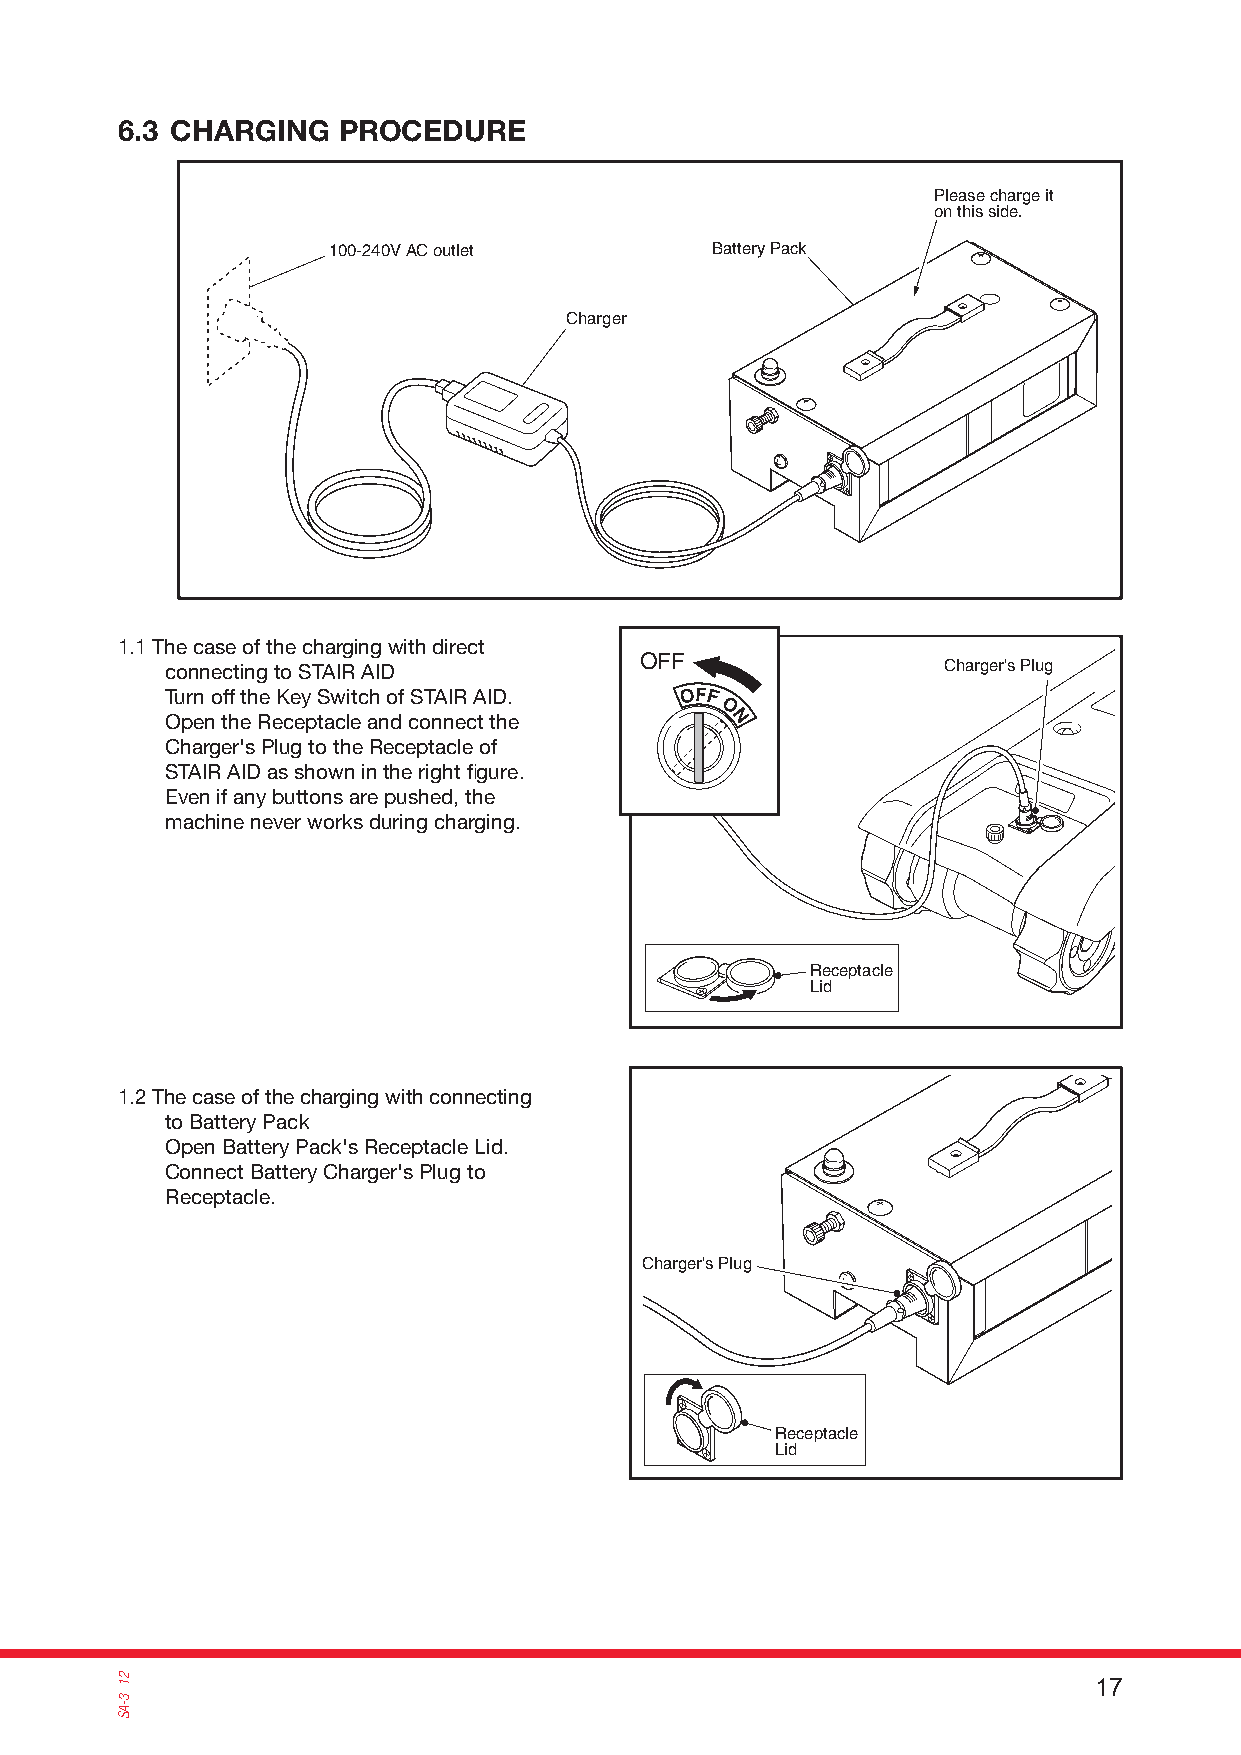
6.3 CHARGING  PROCEDURE
 Please charge it
 on this side.
 100-240V AC outlet       Battery Pack
 Charger
 1.1 The case of the charging with direct
 OFF
 connecting to STAIR AID                            Charger's Plug
 Turn off the Key Switch of STAIR AID.
 Open the Receptacle and connect the
 Charger's Plug to the Receptacle of
 STAIR AID as shown in the right fi gure.
 Even if any buttons are pushed, the
 machine never works during charging.
 Receptacle
 Lid
 1.2 The case of the charging with connecting
 to Battery Pack
 Open Battery Pack's Receptacle Lid.
 Connect Battery Charger's Plug to
 Receptacle.
 Charger's Plug
 Receptacle
 Lid
 17 21
 3-AS